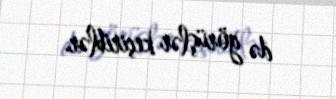
də görüşlər keçiriblər.